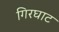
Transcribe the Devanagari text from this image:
गिरघाट